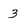
Character: 3